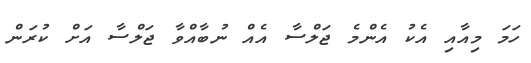
ހަމަ މިއާއި އެކު އެންމެ ޖަލްސާ އެއް ނުބާއްވާ ޖަލްސާ އަށް ކުރަން